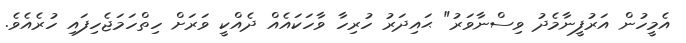
އެމީހުން އަރުފީނާމެދު ވިސްނާވަރު" ޙައިދަރު ހުރިހާ ވާހަކައެއް ދެއްކީ ވަރަށް ހިތްހަމަޖެހިފައި ހުރެއެވެ.